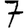
Digit: 7